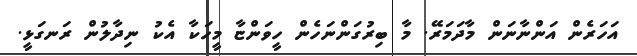
އަހަރެން އަންނާނަން މާދަމަރޭ. މާ ބިރުގަންނަހެން ހީވަންޏާ މީހަކާ އެކު ނިދާލުން ރަނގަޅީ.